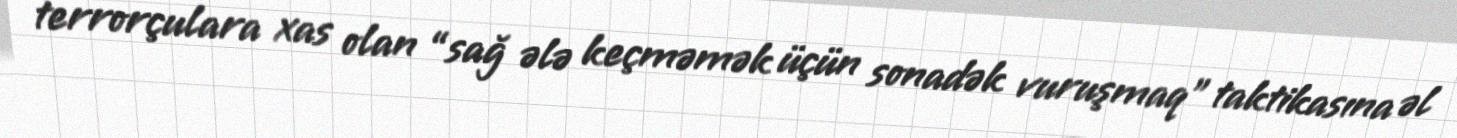
terrorçulara xas olan “sağ ələ keçməmək üçün sonadək vuruşmaq” taktikasına əl